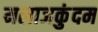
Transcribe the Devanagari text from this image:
मलाजकुंदम